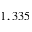
1 , 3 3 5